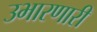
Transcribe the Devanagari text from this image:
उभारणारी